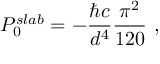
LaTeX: P _ { 0 } ^ { s l a b } = - \frac { \hbar c } { d ^ { 4 } } \frac { \pi ^ { 2 } } { 1 2 0 } \ ,